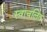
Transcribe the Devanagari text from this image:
स्वाचलित